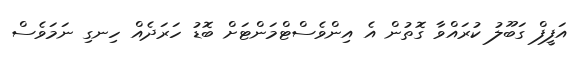
އަފީފް ގަބޫލު ކުރައްވާ ގޮތުން އެ އިންވެސްޓްމަންޓަށް ބޮޑު ހަރަދެއް ހިނގި ނަމަވެސް